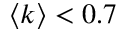
\langle k \rangle < 0 . 7